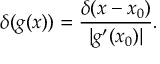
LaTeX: \delta ( g ( x ) ) = { \frac { \delta ( x - x _ { 0 } ) } { | g ^ { \prime } ( x _ { 0 } ) | } } .